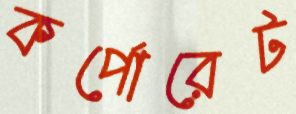
কর্পোরেট